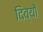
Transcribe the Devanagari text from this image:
दिव्यों